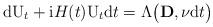
LaTeX: \begin{align*}\mathrm{d}\mathrm{U}_t+\mathrm{i}H(t)\mathrm{U}_t\mathrm{d}t=\Lambda\big( \mathbf{D},\nu\mathrm{d}t\big)\end{align*}